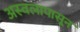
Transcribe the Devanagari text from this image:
अस्वलापासून